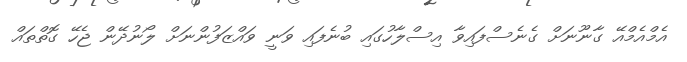
އެމްއެމްއޭ ގާނޫނަށް ގެނެސްފައިވާ އިސްލާހުގައި ބުނެފައި ވަނީ ވައްޒަފުންނަށް ލޯނުދޭން ޖެހޭ ގޮތްތައް